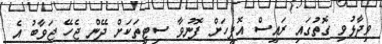
ވިދާޅުވި ގޮތުގައި ރައީސް އޮފީހަށް ފޮނުވާ ސިޓީތަކަށް ދޭން ޖެހޭ ޖަވާބު އެ